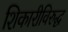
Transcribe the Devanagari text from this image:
शिकारीविरुद्ध